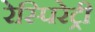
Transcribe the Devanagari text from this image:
रेस्पिरेट्री